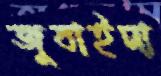
জুবাইদা